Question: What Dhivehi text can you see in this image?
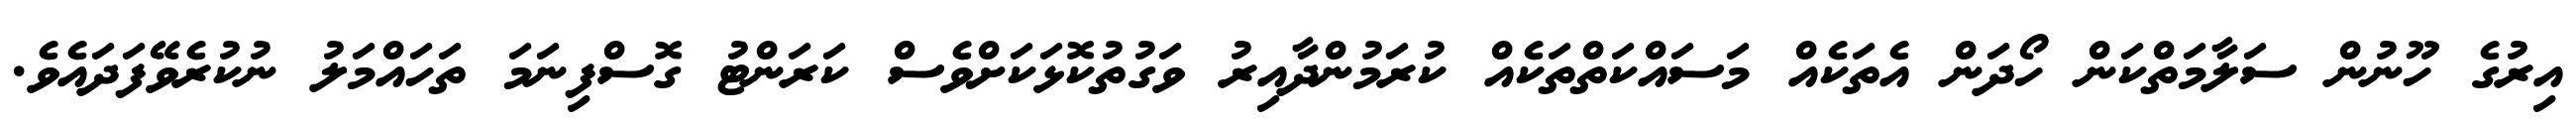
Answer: އިރުގެ ހޫނުން ސަލާމަތްކަން ހޯދަން އެތަކެއް މަސައްކަތްތަކެއް ކުރަމުންދާއިރު ވަގުތުކޮޅަކަށްވެސް ކަރަންޓު ގޮސްފިނަމަ ތަހައްމަލު ނުކުރެވޭފަދައެވެ.